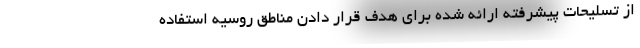
از تسلیحات پیشرفته ارائه شده برای هدف قرار دادن مناطق روسیه استفاده